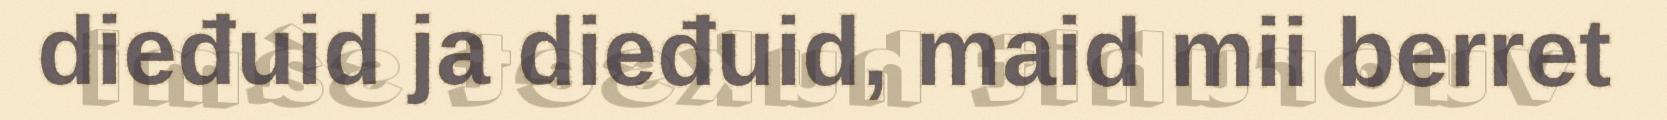
dieđuid ja dieđuid, maid mii berret